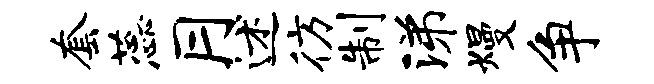
套蕊月述彷制涕熳争